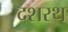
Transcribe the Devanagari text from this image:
दशरथ